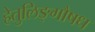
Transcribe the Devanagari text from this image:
हेतुलिङ्गौषध